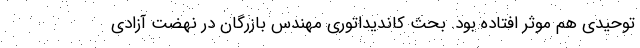
توحیدی هم موثر افتاده بود. بحث کاندیداتوری مهندس بازرگان در نهضت آزادی